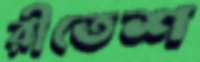
রীতেশ